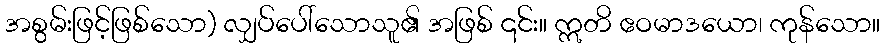
အစွမ်းဖြင့်ဖြစ်သော) လျှပ်ပေါ်သောသူ၏ အဖြစ် ၎င်း။ ဣတိ ဧဝမာဒယော၊ ကုန်သော။